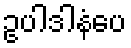
ဥပါဒါနံပေ